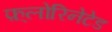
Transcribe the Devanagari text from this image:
फ़्लोरिनेटेड